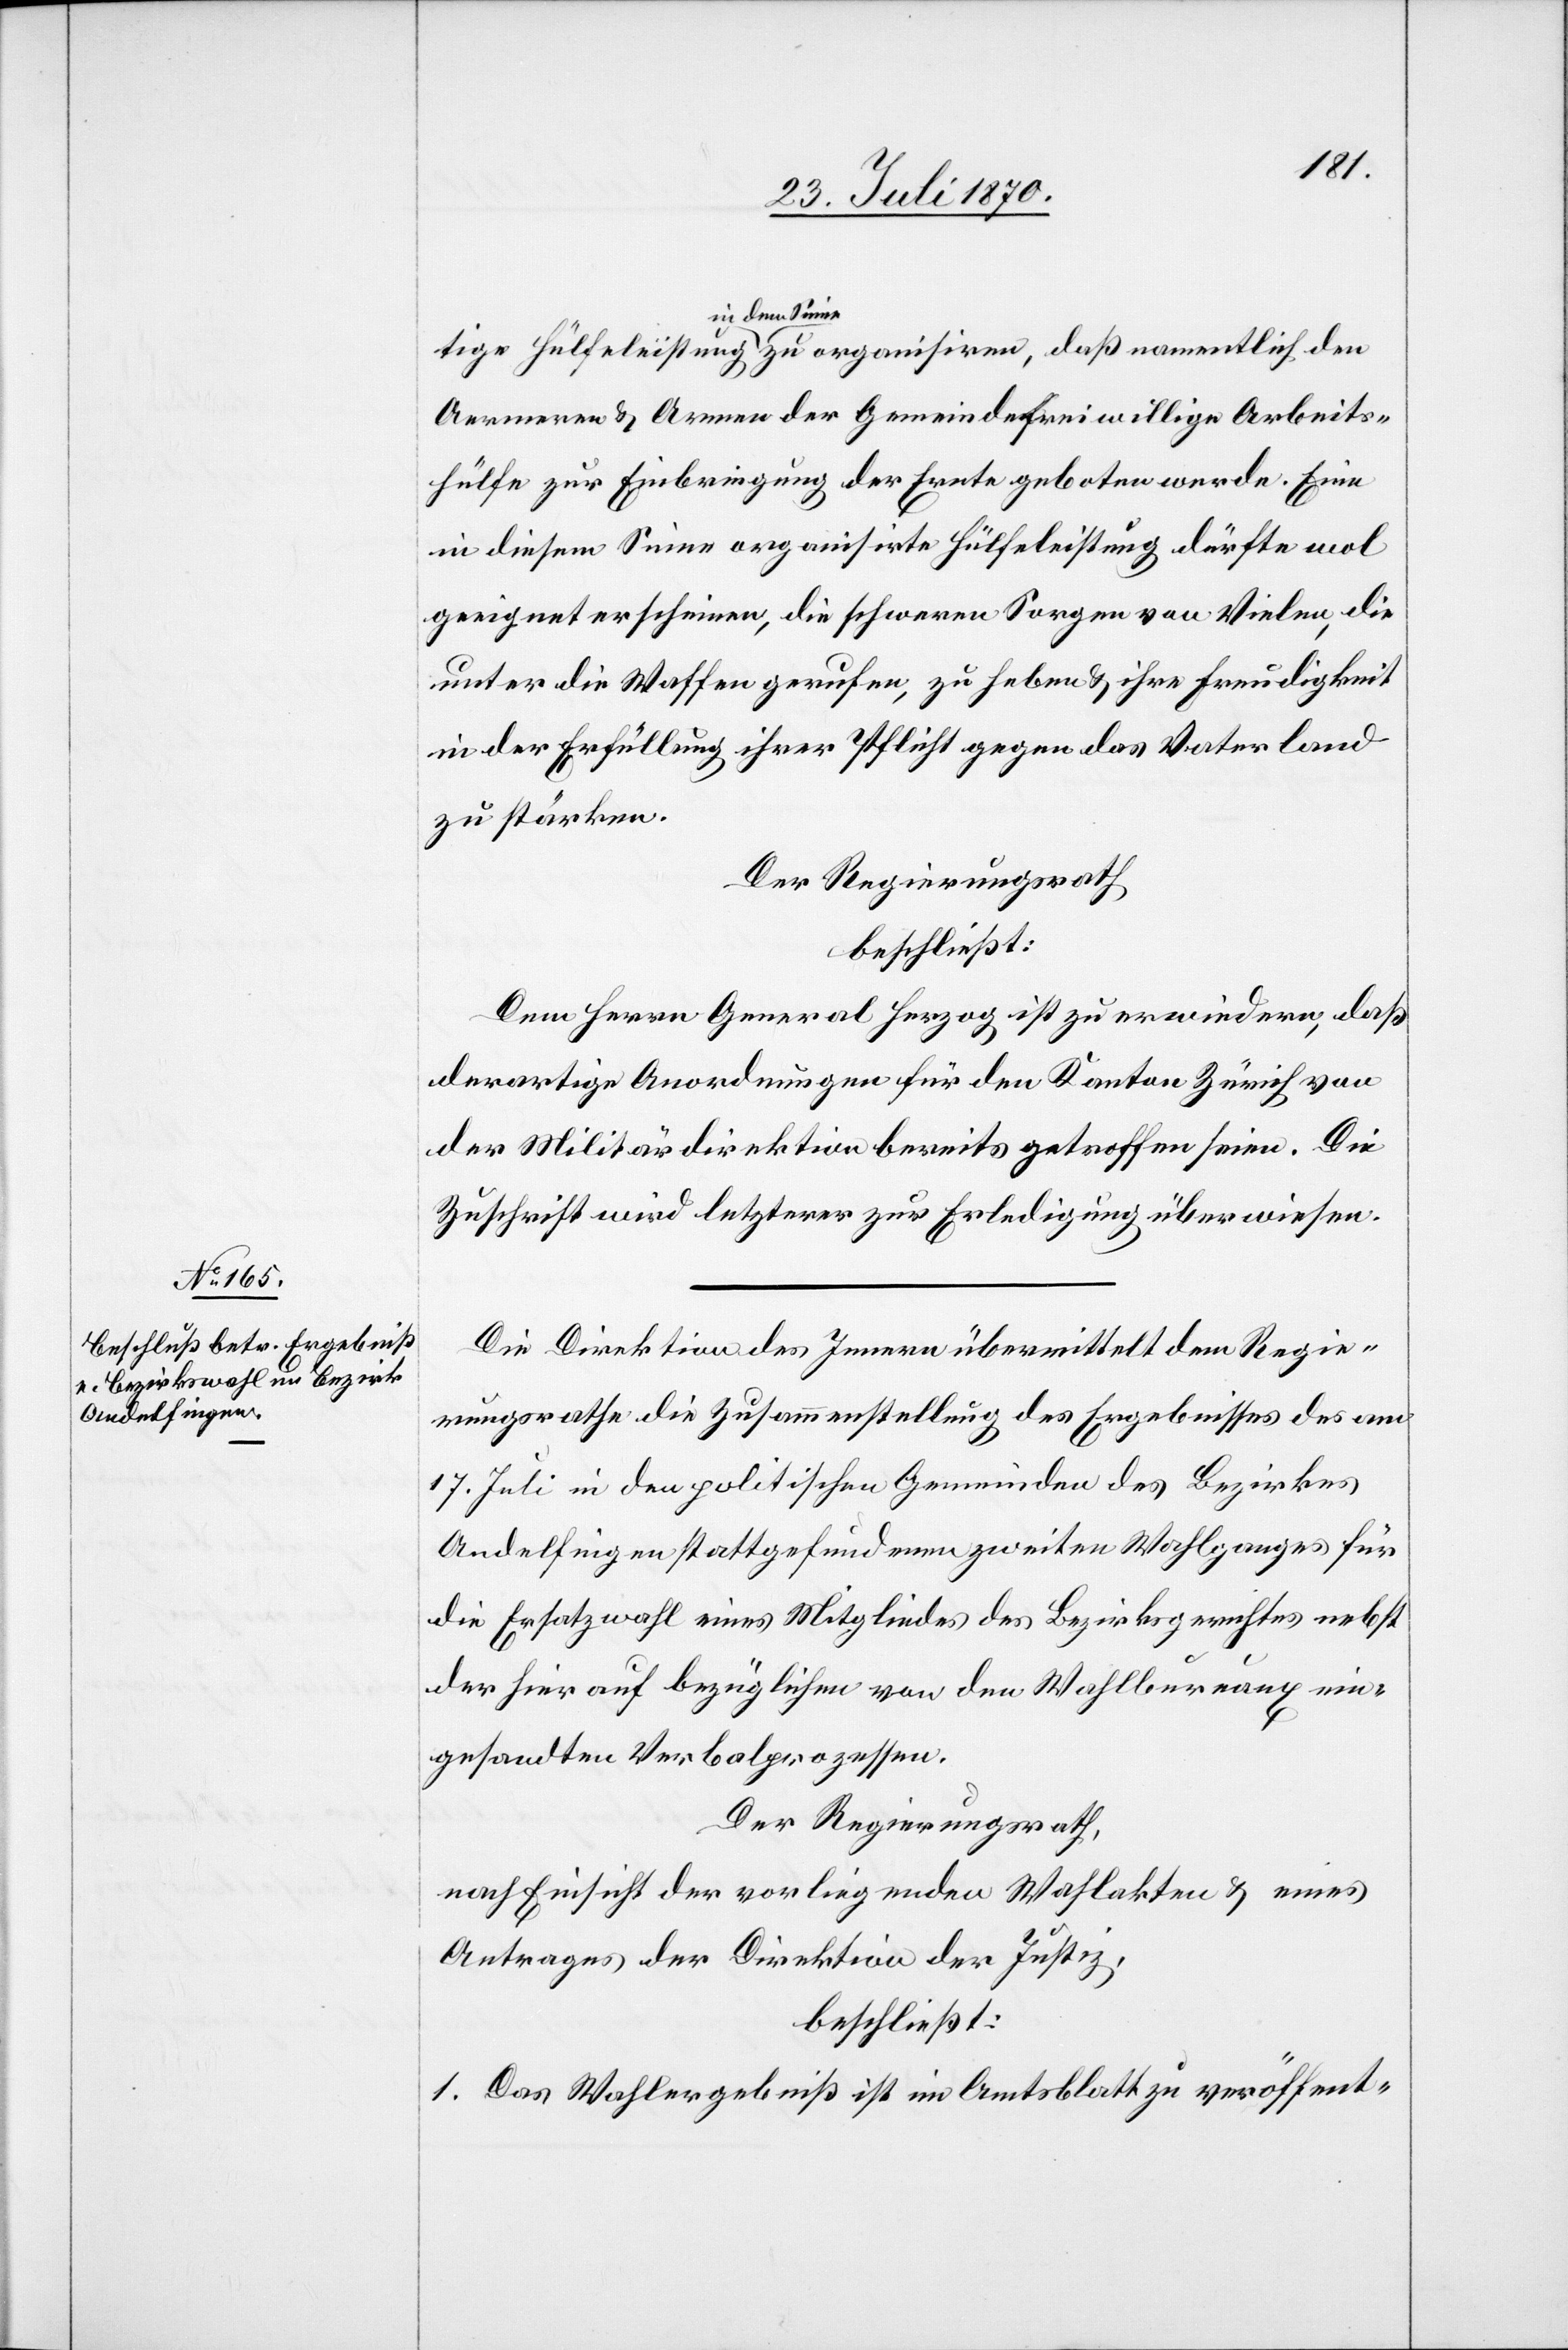
in dem Sinne
Aermeren & Armen der Gemeinde freiwillige Arbeits¬
hülfe zur Einbringung der Ernte geboten werde. Eine
in diesem Sinne organisirte Hülfeleistung dürfte wol
geeignet erscheinen, die schweren Sorgen von Vielen, die
unter die Waffen gerufen, zu heben & ihre Freudigkeit
in der Erfüllung ihrer Pflicht gegen das Vaterland
zu stärken.
Der Regierungsrath
beschließt:
Dem Herrn General Herzog ist zu erwiedern, daß
derartige Anordnungen für den Kanton Zürich von
der Militärdirektion bereits getroffen seien. Die
Zuschrift wird letzterer zur Erledigung überwiesen.
Die Direktion des Innern übermittelt dem Regie¬
rungsrathe die Zusammenstellung des Ergebnisses des am
17. Juli in den politischen Gemeinden des Bezirkes
Andelfingen stattgefundenen zweiten Wahlganges für
die Ersatzwahl eines Mitgliedes des Bezirksgerichtes nebst
der hierauf bezüglichen von den Wahlbureaux ein¬
gesandten Verbalprozessen.
Der Regierungsrath,
nach Einsicht der vorliegenden Wahlakten & eines
Antrages der Direktion der Justiz,
beschließt:
1. Das Wahlergebniß ist im Amtsblatt zu veröffent-